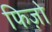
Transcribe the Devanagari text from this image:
फिज़ो